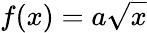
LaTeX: f(x)=a\sqrt{x}